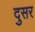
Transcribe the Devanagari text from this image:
दुसर